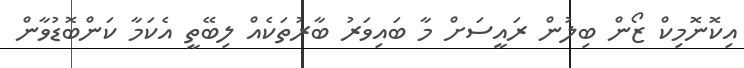
އިކޮނޮމިކް ޒޯން ބިލުން ރައީސަށް މާ ބައިވަރު ބާރުތަކެއް ލިބޭތީ އެކަމާ ކަންބޮޑުވާން